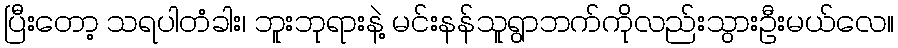
ပြီးတော့ သရပါတံခါး၊ ဘူးဘုရားနဲ့ မင်းနန်သူရွာဘက်ကိုလည်းသွားဦးမယ်လေ။